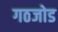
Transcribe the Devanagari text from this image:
गठजोड